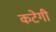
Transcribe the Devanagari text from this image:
कटेगी